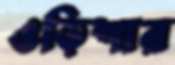
ওড়িশার